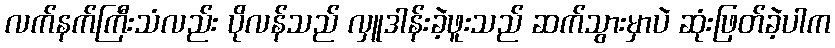
လက်နက်ကြီးသံလည်း ပိုလန်သည် လှူဒါန်းခဲ့ဖူးသည် ဆက်သွားမှာပဲ ဆုံးဖြတ်ခဲ့ပါက